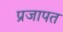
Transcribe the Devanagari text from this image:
प्रजापत